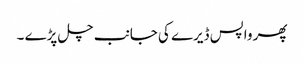
پھر واپس ڈیرے کی جانب چل پڑے ۔